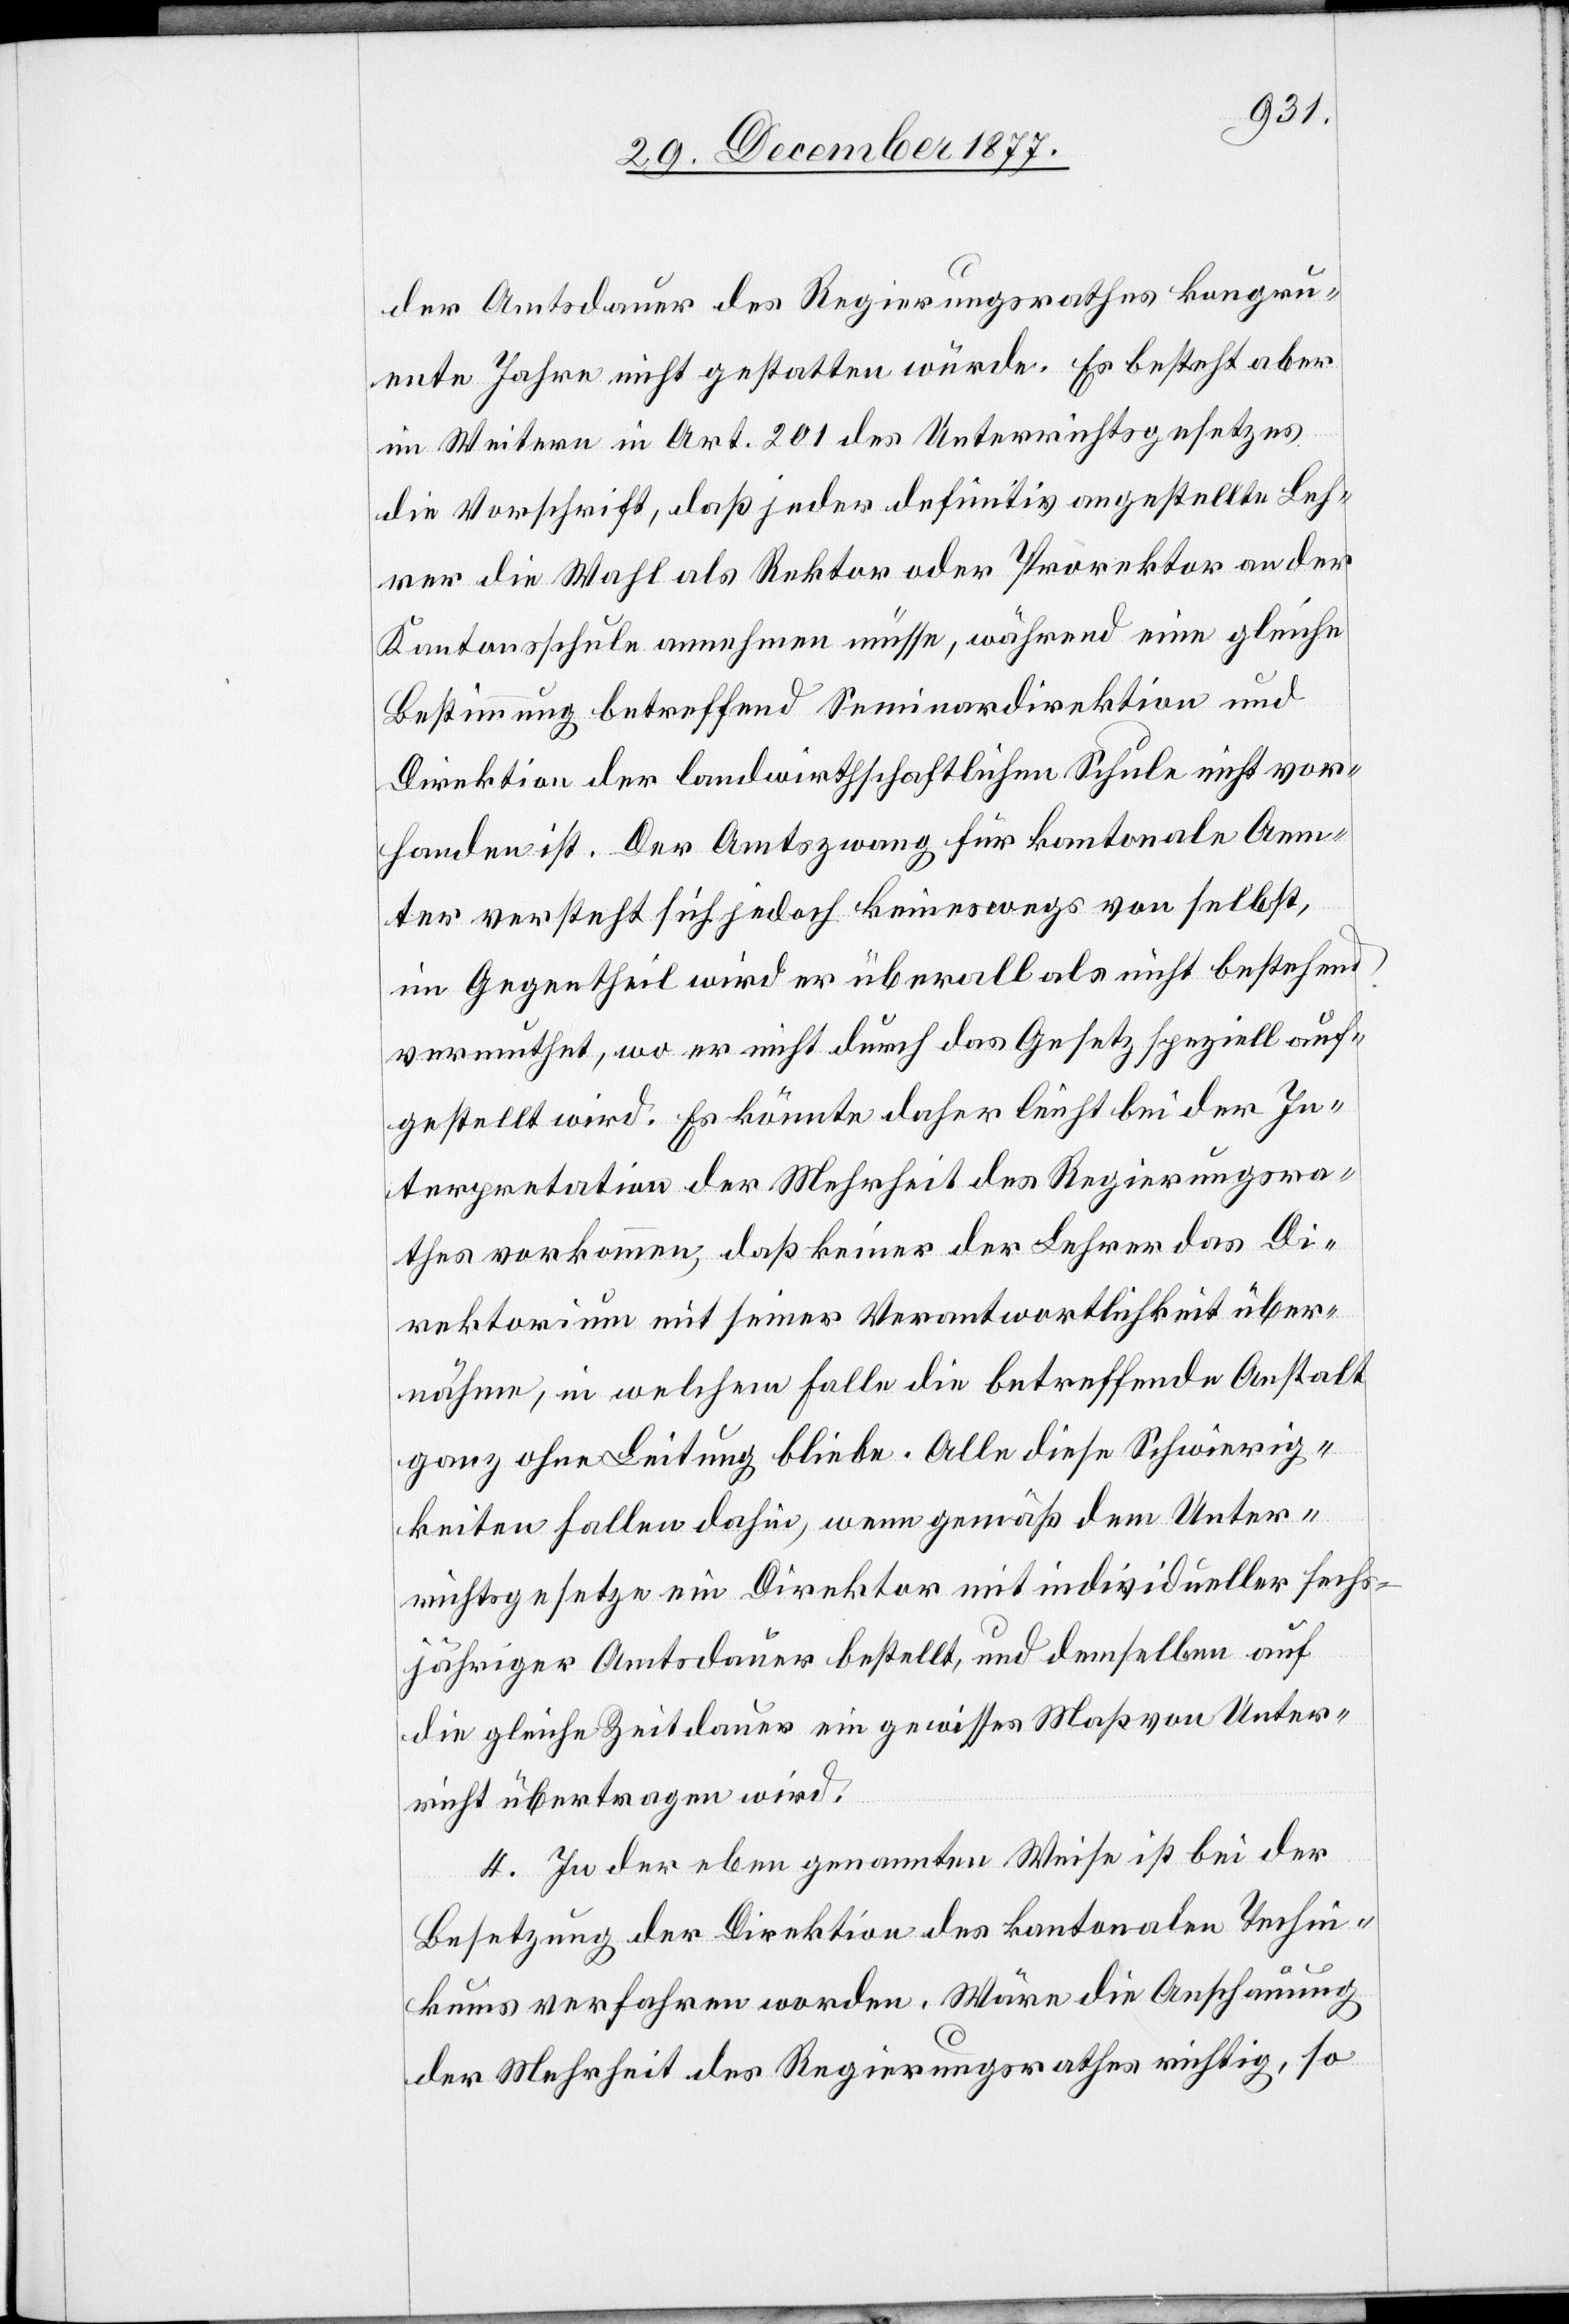
der Amtsdauer des Regierungsrathes kongru¬
ente Jahre nicht gestatten würde. Es besteht aber
im Weitern in Art. 201 des Unterrichtsgesetzes
die Vorschrift, daß jeder definitiv angestellte Leh¬
rer die Wahl als Rektor oder Prorektor an der
Kantonsschule annehmen müsse, während eine gleiche
Bestimmung betreffend Seminardirektion und
Direktion der landwirthschaftlichen Schule nicht vor¬
handen ist. Der Amtszwang für kantonale Aem¬
ter versteht sich jedoch keineswegs von selbst,
im Gegentheil wird er überall als nicht bestehend
vermuthet, wo er nicht durch das Gesetz speziell auf¬
gestellt wird. Es könnte daher leicht bei der In¬
terpretation der Mehrheit des Regierungsra¬
thes vorkommen, daß keiner der Lehrer das Di¬
rektorium mit seiner Verantwortlichkeit über¬
nähme, in welchem Falle die betreffende Anstalt
ganz ohne Leitung bliebe. Alle diese Schwierig¬
keiten fallen dahin, wenn gemäß dem Unter¬
richtsgesetze ein Direktor mit individueller sechs¬
jähriger Amtsdauer bestellt, und demselben auf
die gleiche Zeitdauer ein gewisses Maß von Unter¬
richt übertragen wird.
4. In der eben genannten Weise ist bei der
Besetzung der Direktion des kantonalen Techni¬
kums verfahren worden. Wäre die Anschauung
der Mehrheit des Regierungsrathes richtig, so